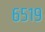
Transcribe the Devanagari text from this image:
६५१९